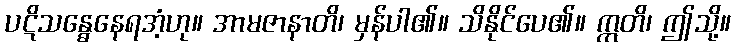
ပဋိသန္ဓေနေရအံ့ဟု။ အာမဇာနာတိ၊ မှန်ပါ၏။ သိနိုင်ပေ၏။ ဣတိ၊ ဤသို့။